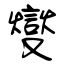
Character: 燮